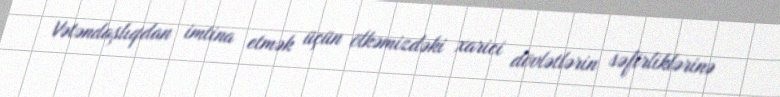
Vətəndaşlıqdan imtina etmək üçün ölkəmizdəki xarici dövlətlərin səfirliklərinə